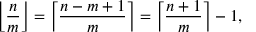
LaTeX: \left\lfloor { \frac { n } { m } } \right\rfloor = \left\lceil { \frac { n - m + 1 } { m } } \right\rceil = \left\lceil { \frac { n + 1 } { m } } \right\rceil - 1 ,